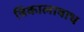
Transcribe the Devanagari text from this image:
त्रिकालाबाध